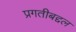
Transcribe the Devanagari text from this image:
प्रगतीबद्दल